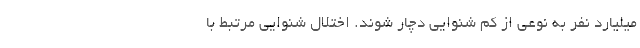
میلیارد نفر به نوعی از کم شنوایی دچار شوند. اختلال شنوایی مرتبط با